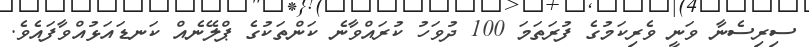
ސިރިސެނާ ވަނީ ވެރިކަމުގެ ފުރަތަމަ 100 ދުވަހު ކުރައްވާނެ ކަންތަކުގެ ޕްލޭނެއް ކަނޑައަޅުއްވާފައެވެ.